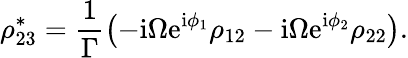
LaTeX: \rho_{23}^{*}=\frac{1}{\Gamma}\left(-\mathrm{i}\Omega\mathrm{e}^{\mathrm{i}\phi_{1}}\rho_{12}-\mathrm{i}\Omega\mathrm{e}^{\mathrm{i}\phi_{2}}\rho_{22}\right).